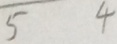
\overline { 5 } 4